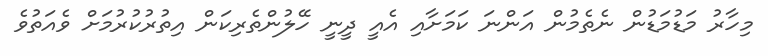
މިހާރު މަޑުމަޑުން ނެތެމުން އަންނަ ކަމަށާއި އެއީ ދީނީ ހޭލުންތެރިކަން އިތުރުކުރުމަށް ވެއަތުވެ